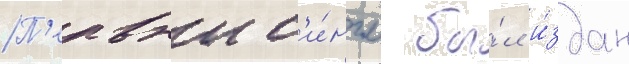
П'ервыи с'и́нгл бы́л и́здан